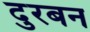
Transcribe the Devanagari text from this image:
दुरबन